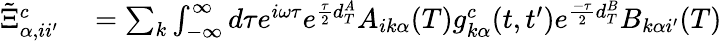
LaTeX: \begin{array}{rl}{\tilde{\Xi}_{\alpha,ii^{\prime}}^{c}}&{{}=\sum_{k}\int_{-\infty}^{\infty}d\tau e^{i\omega\tau}e^{\frac{\tau}{2}d_{T}^{A}}A_{ik\alpha}(T)g_{k\alpha}^{c}(t,t^{\prime})e^{\frac{-\tau}{2}d_{T}^{B}}B_{k\alpha i^{\prime}}(T)}\end{array}